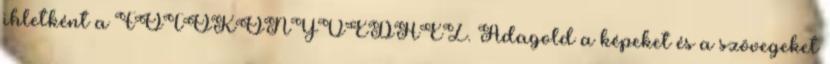
ihletként a FOTÓKÖNYVEDHEZ. Adagold a képeket és a szövegeket